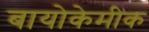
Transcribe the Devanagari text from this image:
बायोकेमीक